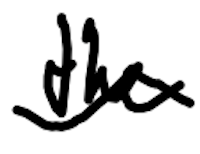
Text: the
Cross-out: mix
Writing tool: digital_black